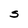
Character: S